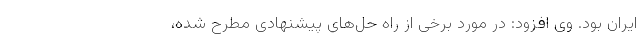
ایران بود. وی افزود: در مورد برخی از راه حل‌های پیشنهادی مطرح شده،